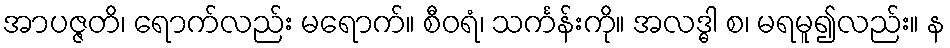
အာပဇ္ဇတိ၊ ရောက်လည်း မရောက်။ စီဝရံ၊ သင်္ကန်းကို။ အလဒ္ဓါ စ၊ မရမူ၍လည်း။ န